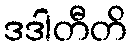
ဒဒါတီတိ